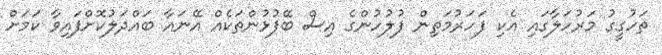
ތަހުގީގު މަރުހަލާގައި އެކި ފަހަރުމަތިން ފުލުހުންގެ އިސް ބޭފުޅުންތަކެއް އޭނައާ ބައްދަލުކޮށްފައިވާ ކަމަށް